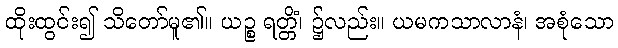
ထိုးထွင်း၍ သိတော်မူ၏။ ယဉ္စ ရတ္တိံ၊ ၌လည်း။ ယမကသာလာနံ၊ အစုံသော